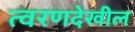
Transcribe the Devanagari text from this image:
त्वरणदेखील